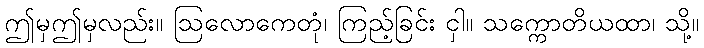
ဤမှဤမှလည်း။ ဩလောကေတုံ၊ ကြည့်ခြင်း ငှါ။ သက္ကောတိယထာ၊ သို့။